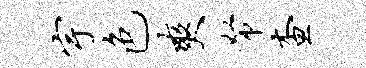
宇色爽帑查